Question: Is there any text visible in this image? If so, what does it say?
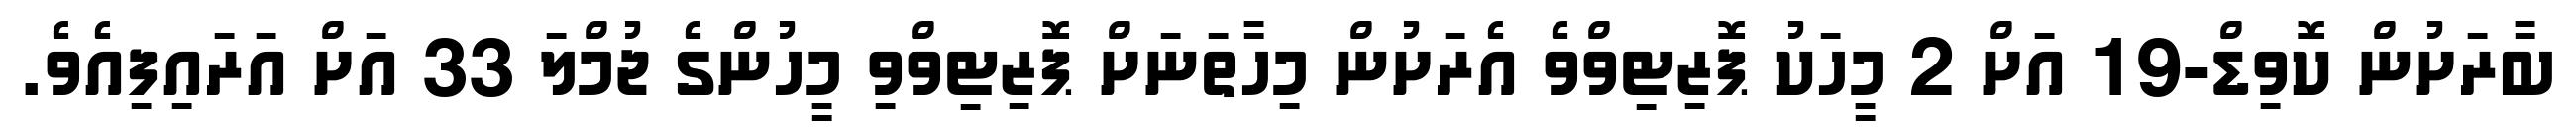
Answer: ބާރަށުން ކޮވިޑް-19 އަށް 2 މީހަކު ޕޮޒިޓިވްވެ އެރަށުން މިހާތަނަށް ޕޮޒިޓިވްވި މީހުންގެ ޖުމްލަ 33 އަށް އަރައިފިއެވެ.